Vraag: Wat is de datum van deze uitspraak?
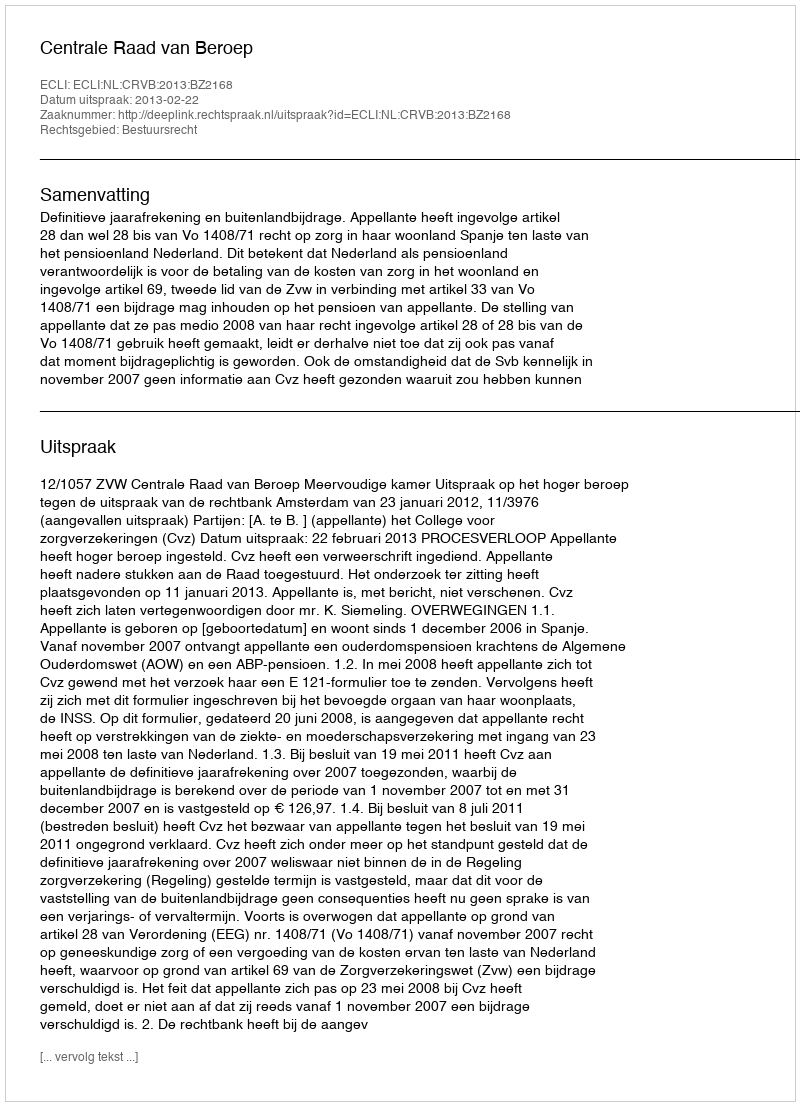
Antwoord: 2013-02-22